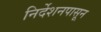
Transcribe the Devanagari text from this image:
निर्देशनपासून